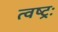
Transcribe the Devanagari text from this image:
त्वष्ट्रः